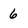
Character: 6